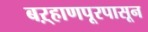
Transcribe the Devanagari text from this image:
बऱ्हाणपूरपासून